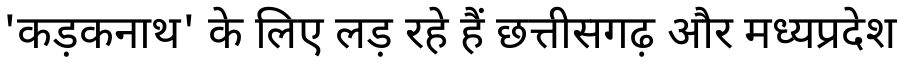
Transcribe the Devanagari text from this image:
'कड़कनाथ' के लिए लड़ रहे हैं छत्तीसगढ़ और मध्यप्रदेश